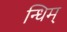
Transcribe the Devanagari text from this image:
न्धिम्